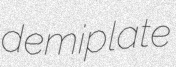
demiplate